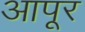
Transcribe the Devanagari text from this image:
आपूर